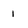
Character: 1